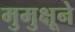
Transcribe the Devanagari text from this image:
मुमुक्षूने